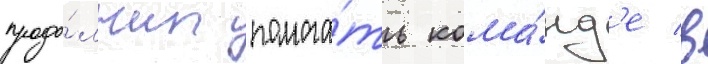
продо́лжил помога́ть кома́нд'е в